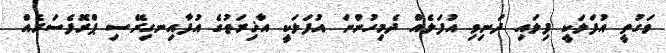
ވަގުތީ އުފަލަކީ ފިލައި ދަނިވި އުފަލެއް ދެމިހުންނަ އުފަލަކީ އާޚިރަތުގެ އުފާއިނގިރޭސި ޕްރޮފެސަރެއް